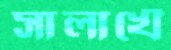
সালাখেঁ